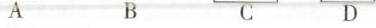
A B C D